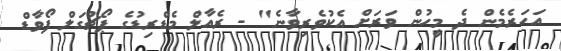
އަހަރެމެން ދެ މީހުން ވަރަށް އެކުވެރިވާނެ" - ރެއާލް މެޑްރިޑުގެ ޕޯޗުގަލް ފޯވާޑް